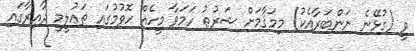
ވީ (ގުޅޭނެ ނަންބަރާއެކު) މިމަޤާމަށް ޝަރުޠު ހަމަވާ މީހެއް ހޮވުމުގައި ތަޢުލީމީ ދާއިރާގައި